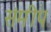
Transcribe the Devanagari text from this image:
संमीप